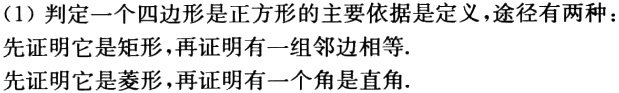
（1）判定一个四边形是正方形的主要依据是定义，途径有两种：
先证明它是矩形，再证明有一组邻边相等.
先证明它是菱形，再证明有一个角是直角.